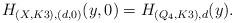
LaTeX: \begin{align*} H_{(X,K3),(d,0)}(y,0)=H_{(Q_4,K3),d}(y). \end{align*}